Suggestions for procedure with regard to school attendance under the Education (Scotland) Act, 1936, sections 1 to 3 and 5, 1936
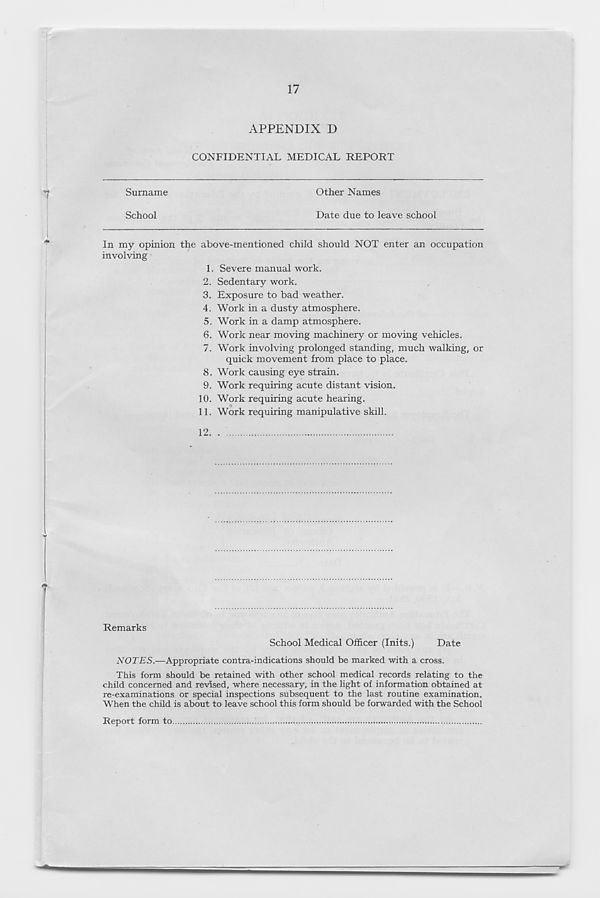
17
APPENDIX D
CONFIDENTIAL MEDICAL REPORT
*
Surname
Other Names
School
Date due to leave school
In my opinion the above-mentioned child should NOT enter an occupation
involving
1. Severe manual work.
2. Sedentary work.
3. Exposure to bad weather.
4. Work in a dusty atmosphere.
5. Work in a damp atmosphere.
6. Work near moving machinery or moving vehicles.
7. Work involving prolonged standing, much walking, or
quick movement from place to place.
8. Work causing eye strain.
9. Work requiring acute distant vision.
10. Work requiring acute hearing.
11. Work requiring manipulative skill.
12
Remarks
School Medical Officer (Inits.)
Date
NOTES.—Appropriate contra-indications should be marked with a cross.
This form should be retained with other school medical records relating to the
child concerned and revised, where necessary, in the light of information obtained at
re-examinations or special inspections subsequent to the last routine examination.
When the child is about to leave school this form should be forwarded with the School
Report form to